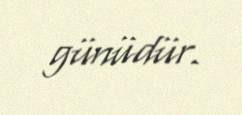
günüdür.